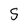
Character: 5